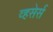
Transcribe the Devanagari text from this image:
व्हसेर्स